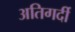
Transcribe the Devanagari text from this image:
अतिगर्दी